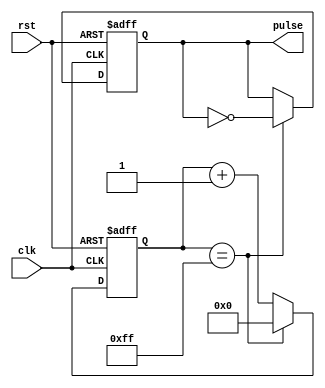
module synchronous_pulse_generator(
    input wire clk,
    input wire rst,
    output reg pulse
);

reg [7:0] counter;
reg pulse_reg;

always @(posedge clk or posedge rst) begin
    if(rst) begin
        counter <= 8'h00;
        pulse_reg <= 1'b0;
    end else begin
        if(counter == 8'hFF) begin
            counter <= 8'h00;
            pulse_reg <= ~pulse_reg;
        end else begin
            counter <= counter + 1;
        end
    end
end

assign pulse = pulse_reg;

endmodule